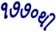
૧૭૭૦થી